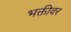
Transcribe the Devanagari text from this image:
भक्तीवर